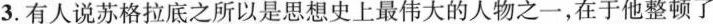
3.有人说苏格拉底之所以是思想史上最伟大的人物之一，在于他整顿了